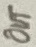
Text: Out